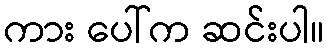
ကား ပေါ်က ဆင်းပါ။